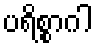
ပရိစ္စာဂါ